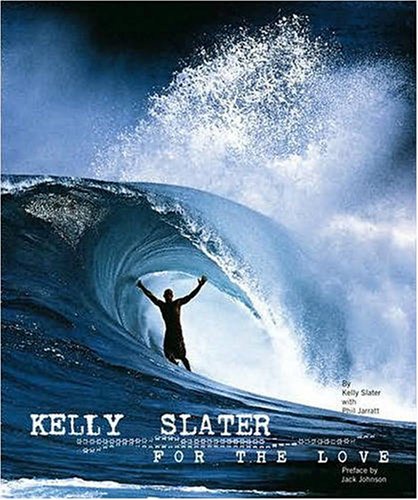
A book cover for Kelly Slater: For the Love; Kelly Slater; Sports & Outdoors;